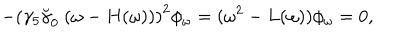
- \left( \gamma _ { 5 } \breve { \gamma } _ { 0 } ~ ( \omega - H ( \omega ) ) \right) ^ { 2 } \phi _ { \omega } = ( \omega ^ { 2 } - L ( \omega ) ) \phi _ { \omega } = 0 ,